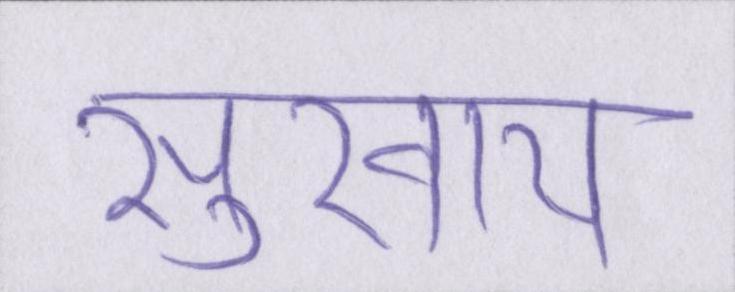
सुखाय